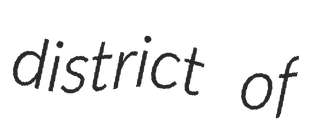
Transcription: district of